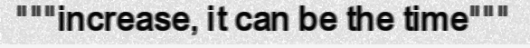
"""increase, it can be the time"""